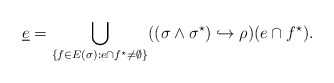
\begin{align*}\underline{e}=\bigcup_{\{f\in E(\sigma):e\cap f^\star\neq\emptyset\}}((\sigma\land\sigma^\star)\hookrightarrow\rho)(e\cap f^\star).\end{align*}